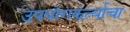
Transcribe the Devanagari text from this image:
उपयोगकर्त्याचा